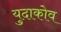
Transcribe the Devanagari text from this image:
युदाकोव